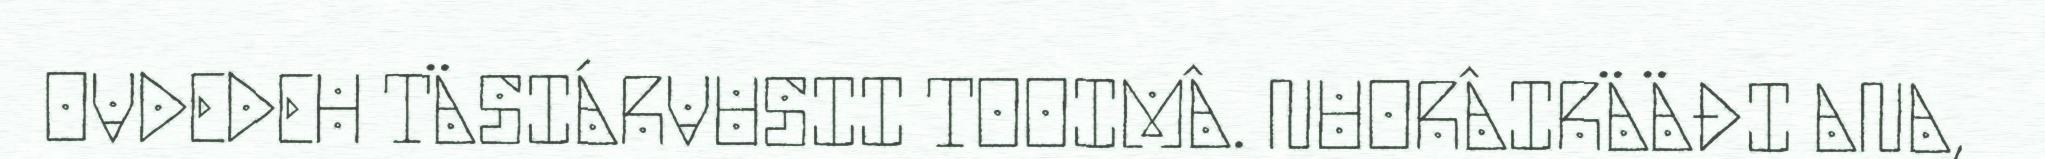
OVDEDEH TÄSIÁRVUSII TOOIMÂ. NUORÂIRÄÄĐI ANA,